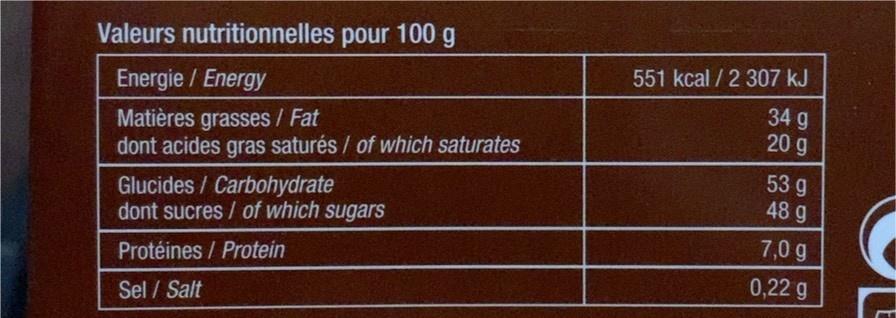
Valeurs nutritionnelles pour 100 g
551 kcal / 2 307 kJ
Energie / Energy
Matières grasses / Fat dont acides gras saturés / of which saturates
34 g 20 g
Glucides / Carbohydrate dont sucres / of which sugars
53 g 48 g
7,0 g
Protéines / Protein
0,22 g
Sel / Salt